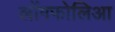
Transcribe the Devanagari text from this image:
लोंगफोलिआ